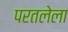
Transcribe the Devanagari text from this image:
परतलेला